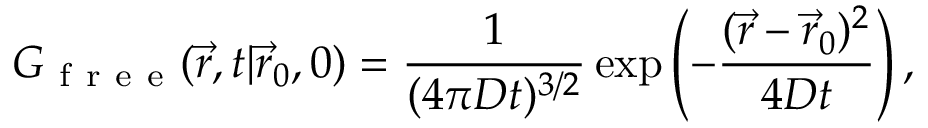
G _ { \mathrm { ~ f ~ r ~ e ~ e ~ } } ( \vec { r } , t | \vec { r } _ { 0 } , 0 ) = \frac { 1 } { ( 4 \pi D t ) ^ { 3 / 2 } } \exp \left( - \frac { ( \vec { r } - \vec { r } _ { 0 } ) ^ { 2 } } { 4 D t } \right) ,